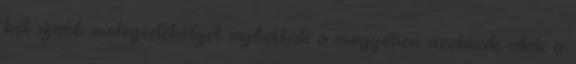
két újabb melegedőhelyet nyitottak a megyében azoknak, akik a